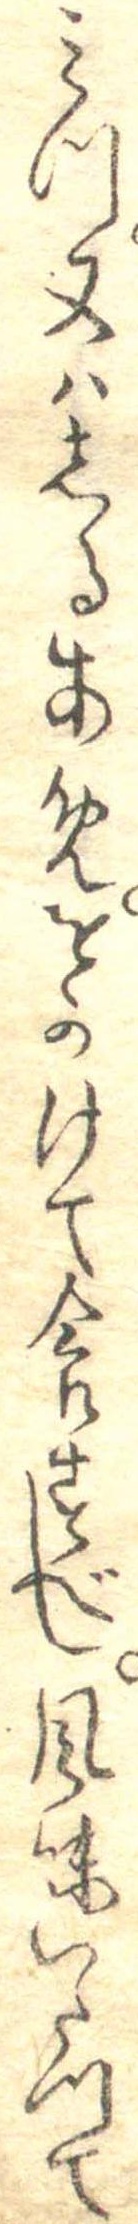
みつ又はしるあめをかけて食すべし風味いたつて